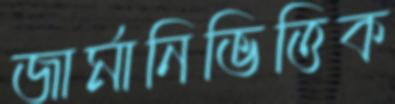
জার্মানিভিত্তিক